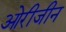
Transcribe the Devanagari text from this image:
ओरीजीन